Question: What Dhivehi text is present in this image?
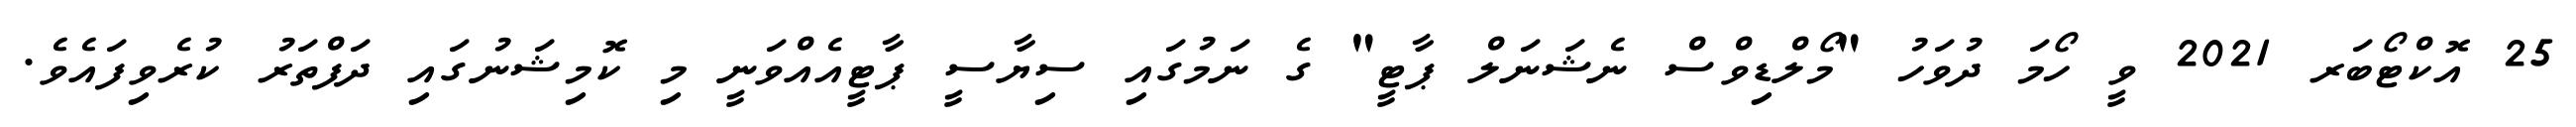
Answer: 25 އޮކްޓޯބަރ 2021 ވީ ހޯމަ ދުވަހު "މޯލްޑިވްސް ނެޝަނަލް ޕާޓީ" ގެ ނަމުގައި ސިޔާސީ ޕާޓީއެއްވަނީ މި ކޮމިޝަނުގައި ދަފްތަރު ކުރެވިފައެވެ.